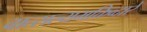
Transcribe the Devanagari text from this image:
वात्सल्यभक्तिव्दारे